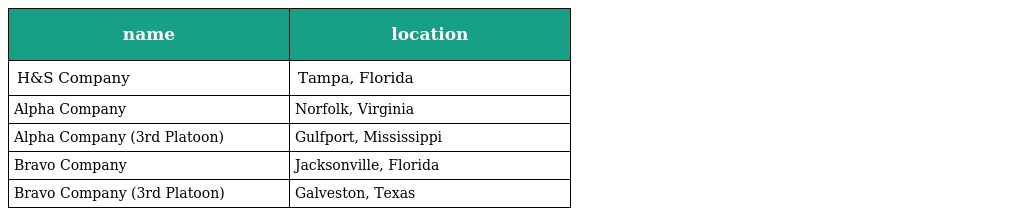
| name | location |
 | --- | --- |
 | H&S Company | Tampa, Florida |
 | Alpha Company | Norfolk, Virginia |
 | Alpha Company (3rd Platoon) | Gulfport, Mississippi |
 | Bravo Company | Jacksonville, Florida |
 | Bravo Company (3rd Platoon) | Galveston, Texas |